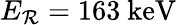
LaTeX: E_{\mathcal{R}}=163~\mathrm{{keV}}